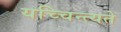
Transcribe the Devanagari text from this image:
यच्चिन्त्यते